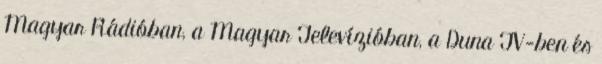
Magyar Rádióban, a Magyar Televízióban, a Duna TV-ben és